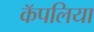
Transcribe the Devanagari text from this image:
कॅपलिया